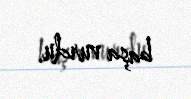
başa vurdu.